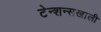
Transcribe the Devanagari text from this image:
टेन्शन्सखाली